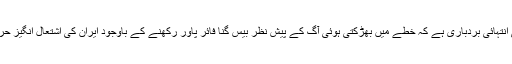
لیکن یہ پاکستانی فوجی قیادت کی انتہائی بردباری ہے کہ خطے میں بھڑکتی ہوئی آگ کے پیش نظر بیس گنا فائر پاور رکھنے کے باوجود ایران کی اشتعال انگیز حرکتوں کا کبھی جواب نہیں دیا گیا۔